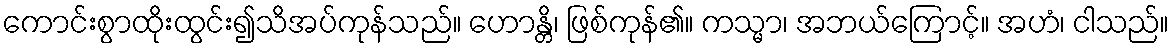
ကောင်းစွာထိုးထွင်း၍သိအပ်ကုန်သည်။ ဟောန္တိ၊ ဖြစ်ကုန်၏။ ကသ္မာ၊ အဘယ်ကြောင့်။ အဟံ၊ ငါသည်။